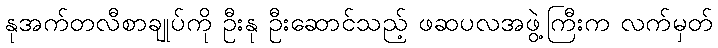
နုအက်တလီစာချုပ်ကို ဦးနု ဦးဆောင်သည့် ဖဆပလအဖွဲ့ကြီးက လက်မှတ်